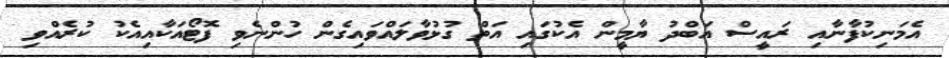
އެމަނިކުފާނާއި ރައީސް އަބްދު ޔާމީން އެކުގައި އަތް ގުޅުވާލައްވައިގެން ހުންނެވި ފޮޓޯއަކާއިއެކު ކުރެއްވި